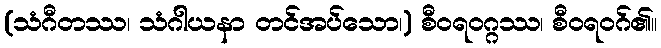
(သံဂီတဿ၊ သံဂါယနာ တင်အပ်သော၊) စီဝရဝဂ္ဂဿ၊ စီဝရဝဂ်၏။